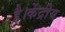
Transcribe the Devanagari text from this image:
है।केंद्रीय